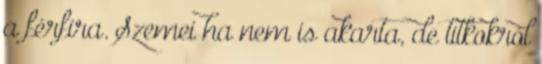
a férfira. Szemei ha nem is akarta, de titkokról